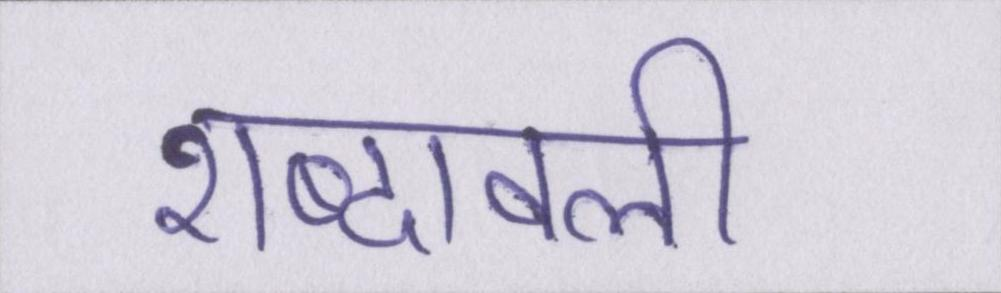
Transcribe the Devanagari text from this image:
शब्दावली